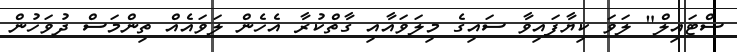
ސްޓައިލް" ލަވަ ކިޔާފައިވާ ސައިގެ މިލަވައާއި ގާތްކުރާ އެހެން ލަވައެއް ތިންމަސް ދުވަހުން